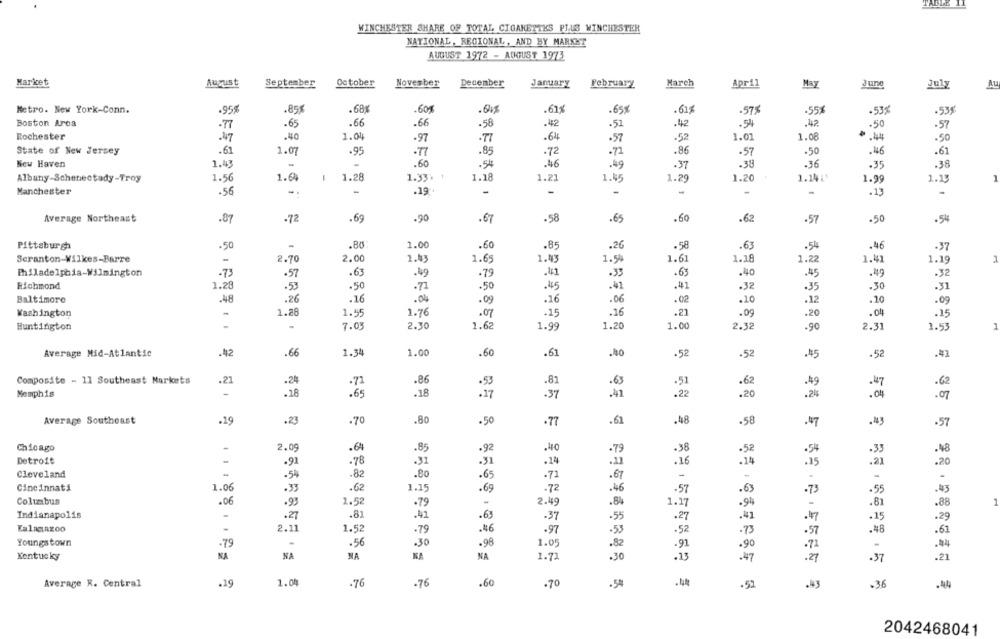
WINCHESTER SHARE OF TOTAL CIGARETTES PLUS WINCHESTER
NATIONAL, REGIONAL , AND BY MARKET
AUGUST 1972 - AUGUST 1973
Market
August
September
October
November
December
January
February
March
April
June
July
AU
.618
Metro. New York-Conn.
.95%
.85%
.8%
.60%
.65x
.61%
.575
.55
-53
.539
Boston Area
.7
.65
.66
.66
-58
-42
.51
.42
.54
-42
.50
.57
Rochester
.47
.40
1.04
.97
.77
-64
.57
.52
1.01
1.08
.50
State of New Jersey
.61
1.07
.95
.85
.72
.71
.86
-57
.50
.46
.61
New Haven
1.43
.60
.54
.46
.49
.37
.39
.36
.35
.38
Albany-Schenectady-Troy
1.56
1.6
-
1.28
1.33:
1.18
1.21
1.45
1.29
1.20
1.14.
1
1.99
1.13
Manchester
-
1
.56
.19.
-
-
. 13
Average Northeast
.87
.72
.69
.90
.67
-58
.65
.60
.62
.57
.50
.54
Pittsburgh
.50
.80
1.00
.60
.85
.26
.58
.63
.54
.46
.37
Scranton-Wilkes-Barre
-
2.70
2.00
1.43
1.65
1.43
1.5%
1.61
1.28
1.22
1.41
1.19
Philadelphia-Wilmington
.73
.57
.63
.49
.79
.441
.33
.63
.40
.45
.49
.32
Richmond
1.28
.53
.50
. 71
.50
.45
.41
.41
.32
.30
.35
-31
Baltimore
.48
.26
.16
.04
.09
.16
.06
.02
.10
.12
.20
.09
Washington
1.28
1.55
1.76
.15
.16
.21
.20
.04
.07
.09
.15
7.03
2.30
1.62
1.20
2.32
.90
2.31
1
Huntington
1.99
1.00
1.53
Average Mid-Atlantic
.42
.66
1.34
1.00
.60
.61
.40
.52
.52
.45
.52
Composite - 11 Southeast Markets
.21
.24
.86
.81
.62
.71
.62
-49
Memphis
.18
.65
.18
.37
.20
.2%
.07
Average Southeast
.19
.23
.70
.80
.61
.48
.50
.77
.58
.47
.43
.57
Chicago
-
.40
2.09
.64
.85
.92
.79
.38
.52
.54
.33
.48
Detroit
.14
.91
.78
.31
-31
.11
16
.14
.21
.20
Cleveland
.54
.82
.80
.65
.72
.67
Cincinnati
1.06
.33
.62
1.15
.69
.72
.46
-57
63
.55
.43
Columbus
.06
.93
2.52
.79
2.49
.8%
.27
.81
.88
1
Indianapolis
-
.27
.81
.41
.63
.37
.55
.15
.29
Kalamazoo
2.11
1.52
.79
48
.97
.53
.61
Youngstown
.98
-79
-
.56
.30
1.05
.82
.44
Kentucky
NA
NA
NA
NA
NA
1.72
.30
.13
.37
.21
Average R. Central
.19
1.04
-76
.76
.60
.70
.54
.52
.36
.44
2042468041